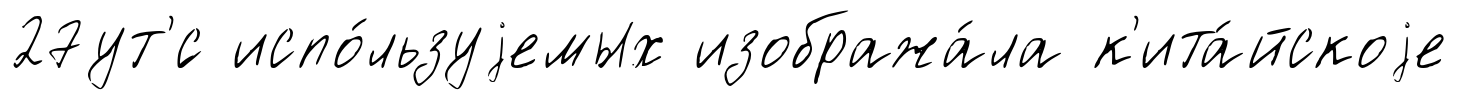
27ут'́с испо́льзуjемых изобража́ла к'ита́йскоjе